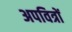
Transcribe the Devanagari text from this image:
अपवित्रों